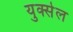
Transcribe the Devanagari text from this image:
युक्सेल